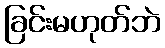
ခြင်းမဟုတ်ဘဲ